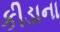
કીડાના